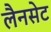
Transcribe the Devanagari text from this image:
लैनसेट